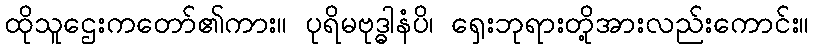
ထိုသူဌေးကတော်၏ကား။ ပုရိမဗုဒ္ဓါနံပိ၊ ရှေးဘုရားတို့အားလည်းကောင်း။